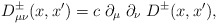
\begin{align*} D_{\mu \nu}^{\pm}(x,x')=c\; \partial_\mu \; \partial_\nu \;D^{\pm}(x,x'),\end{align*}